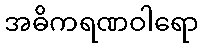
အဓိကရဏဝါရော